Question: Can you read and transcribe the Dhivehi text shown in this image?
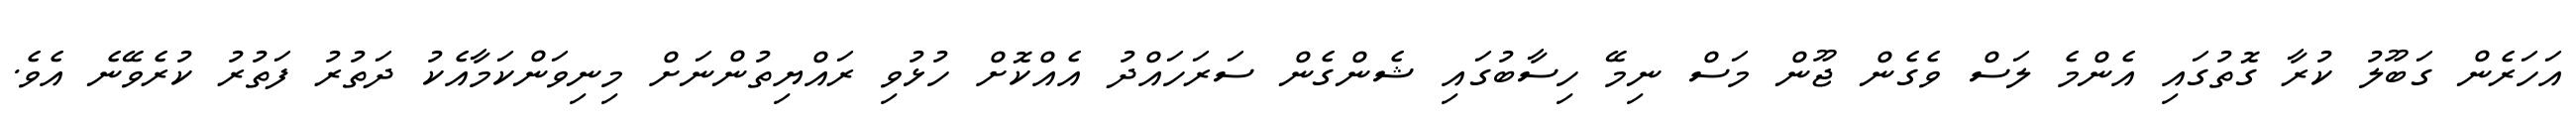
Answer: އަހަރެން ގަބޫލު ކުރާ ގޮތުގައި އެންމެ ލަސް ވެގެން ޖޫން މަސް ނިމޭ ހިސާބުގައި ޝެންގެން ސަރަހައްދު އެއްކޮށް ހުޅުވި ރައްޔިތުންނަށް މިނިވަންކަމާއެކު ދަތުރު ފަތުރު ކުރެވޭނެ އެވެ.